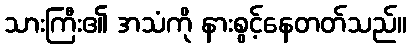
သားကြီး၏ အသံကို နားစွင့်နေတတ်သည်။